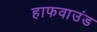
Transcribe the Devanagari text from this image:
हाफवाउंड